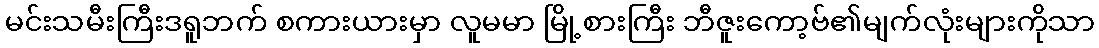
မင်းသမီးကြီးဒရူဘက် စကားယားမှာ လူမမာ မြို့စားကြီး ဘီဇူးကော့ဗ်၏မျက်လုံးများကိုသာ